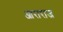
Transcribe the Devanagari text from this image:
आराराज